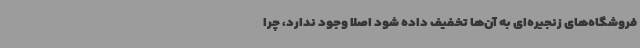
فروشگاه‌های زنجیره‌ای به آن‌ها تخفیف داده شود اصلا وجود ندارد، چرا